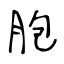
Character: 胞